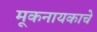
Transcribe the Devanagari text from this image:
मूकनायकाचे